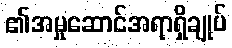
၏အမှုဆောင်အရာရှိချုပ်